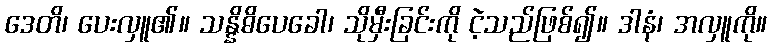
ဒေတိ၊ ပေးလှူ၏။ သန္နိဓိပေခေါ၊ သိုမှီးခြင်းကို ငဲ့သည်ဖြစ်၍။ ဒါနံ၊ အလှူကို။